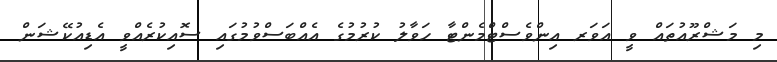
މި މަޝްރޫއުތައް ވީ އަވަރ އިންވެސްޓްމެންޓާ ހަވާލު ކުރުމުގެ އެއްބަސްވުމުގައި ސޮއިކުރެއްވީ އެޑިއުކޭޝަން